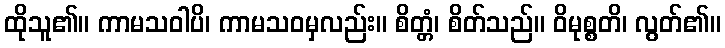
ထိုသူ၏။ ကာမသဝါပိ၊ ကာမသဝမှလည်း။ စိတ္တံ၊ စိတ်သည်။ ဝိမုစ္စတိ၊ လွတ်၏။